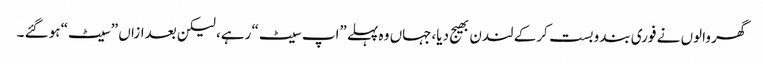
گھر والوں نے فوری بندوبست کرکے لندن بھیج دیا،جہاں وہ پہلے ”اپ سیٹ“ رہے، لیکن بعدازاں ”سیٹ“ ہوگئے ۔